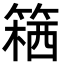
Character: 𥱛